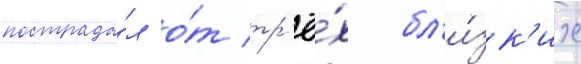
пострада́л о́т тр'ё́х бл'и́зк'их